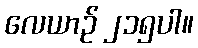
လေယာဉ် ၂၁၅ပါ။